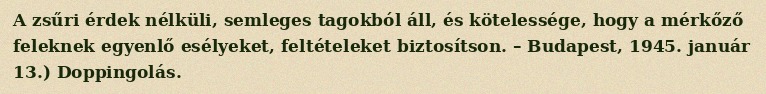
A zsűri érdek nélküli, semleges tagokból áll, és kötelessége, hogy a mérkőző feleknek egyenlő esélyeket, feltételeket biztosítson. – Budapest, 1945. január 13.) Doppingolás.